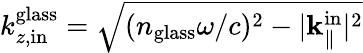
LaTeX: k_{z,\mathrm{in}}^{\mathrm{glass}}=\sqrt{(n_{\mathrm{glass}}\omega/c)^{2}-|{\mathbf k}_{\parallel}^{\mathrm{in}}|^{2}}